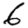
Digit: 6